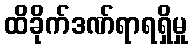
ထိခိုက်ဒဏ်ရာရရှိမှု